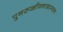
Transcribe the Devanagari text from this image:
पुनरुज्जीवनादरम्यान